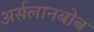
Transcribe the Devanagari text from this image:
अर्सलानबोब